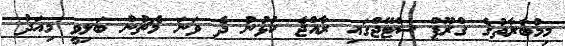
މިމުބާރާތުގެ ގްރޫޕް ސްޓޭޖްގައި ރާއްޖެ ކުޅުނު ދެ ވަނަ މެޗުން ބަލިވީ މިއަދު